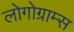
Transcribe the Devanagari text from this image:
लोगोग्राम्स